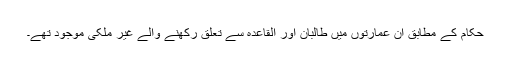
حکام کے مطابق ان عمارتوں میں طالبان اور القاعدہ سے تعلق رکھنے والے غیر ملکی موجود تھے۔